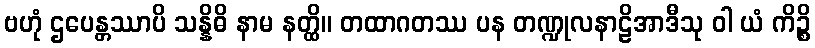
ဗဟုံ ဌပေန္တဿာပိ သန္နိဓိ နာမ နတ္ထိ။ တထာဂတဿ ပန တဏ္ဍုလနာဠိအာဒီသု ဝါ ယံ ကိဉ္စိ